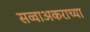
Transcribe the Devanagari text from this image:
सव्वाअकराच्या